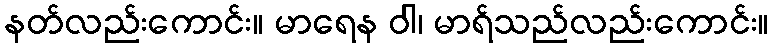
နတ်လည်းကောင်း။ မာရေန ဝါ၊ မာရ်သည်လည်းကောင်း။